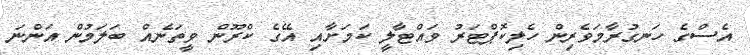
އެސްގެ ހަނގުރާމަވެރިން ހެލިކޮޕްޓަރު ވައްޓާލީ ކަމަށާއި އޭގެ ކްރޫން ވީތަނެއް ބަލަމުން އަންނަ